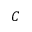
C